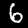
Digit: 6